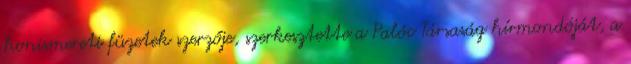
honismereti füzetek szerzője, szerkesztette a Palóc Társaság hírmondóját, a